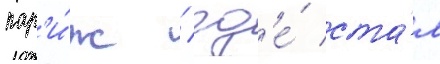
пар'и́ж / гд'е́ ста́л